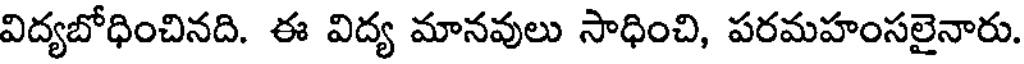
విద్యబోధించినది. ఈ విద్య మానవులు సాధించి, పరమహంసలైనారు.